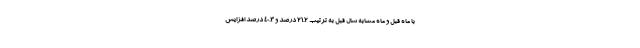
با ماه قبل و ماه مشابه سال قبل به ترتیب ۲۱.۲ درصد و ۴۰.۳ درصد افزایش